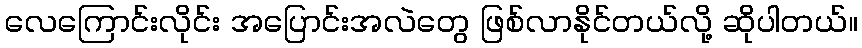
လေကြောင်းလိုင်း အပြောင်းအလဲတွေ ဖြစ်လာနိုင်တယ်လို့ ဆိုပါတယ်။